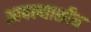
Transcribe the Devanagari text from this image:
आपल्याशीच